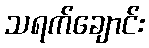
သရက်ချောင်း